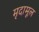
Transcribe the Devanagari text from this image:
मृदामूल